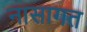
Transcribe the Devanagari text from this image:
नासागत